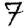
Digit: 7